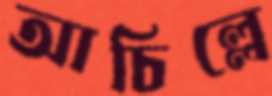
আচিল্লে